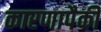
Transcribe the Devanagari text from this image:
कारणापैकी